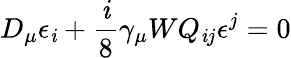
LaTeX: D_{\mu}\epsilon_{\mathit{i}}+\frac{{\mathit{i}}}{{8}}\gamma_{\mu}WQ_{\mathit{i}j}\epsilon^{j}=0